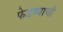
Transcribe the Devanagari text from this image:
फेडण्याची